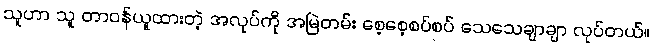
သူဟာ သူ တာဝန်ယူထားတဲ့ အလုပ်ကို အမြဲတမ်း စေ့စေ့စပ်စပ် သေသေချာချာ လုပ်တယ်။